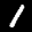
Label: 1